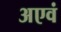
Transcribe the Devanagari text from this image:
अएवं